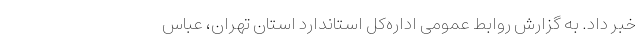
خبر داد. به گزارش روابط عمومی اداره‌کل استاندارد استان تهران، عباس